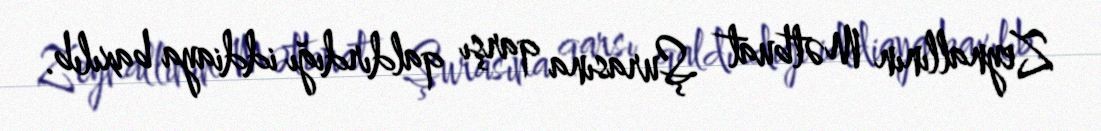
Zeynallının Mətbuat Şurasına qarşı qaldırdığı iddiaya baxılıb.